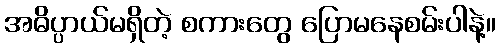
အဓိပ္ပာယ်မရှိတဲ့ စကားတွေ ပြောမနေစမ်းပါနဲ့။